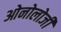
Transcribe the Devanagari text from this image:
ओनोलोजी